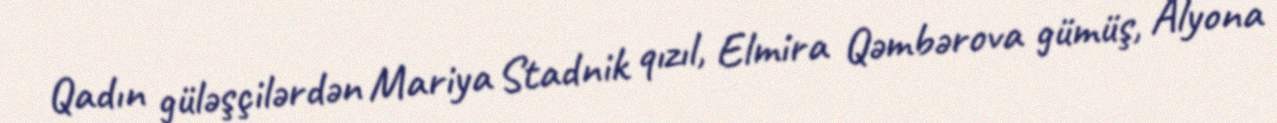
Qadın güləşçilərdən Mariya Stadnik qızıl, Elmira Qəmbərova gümüş, Alyona